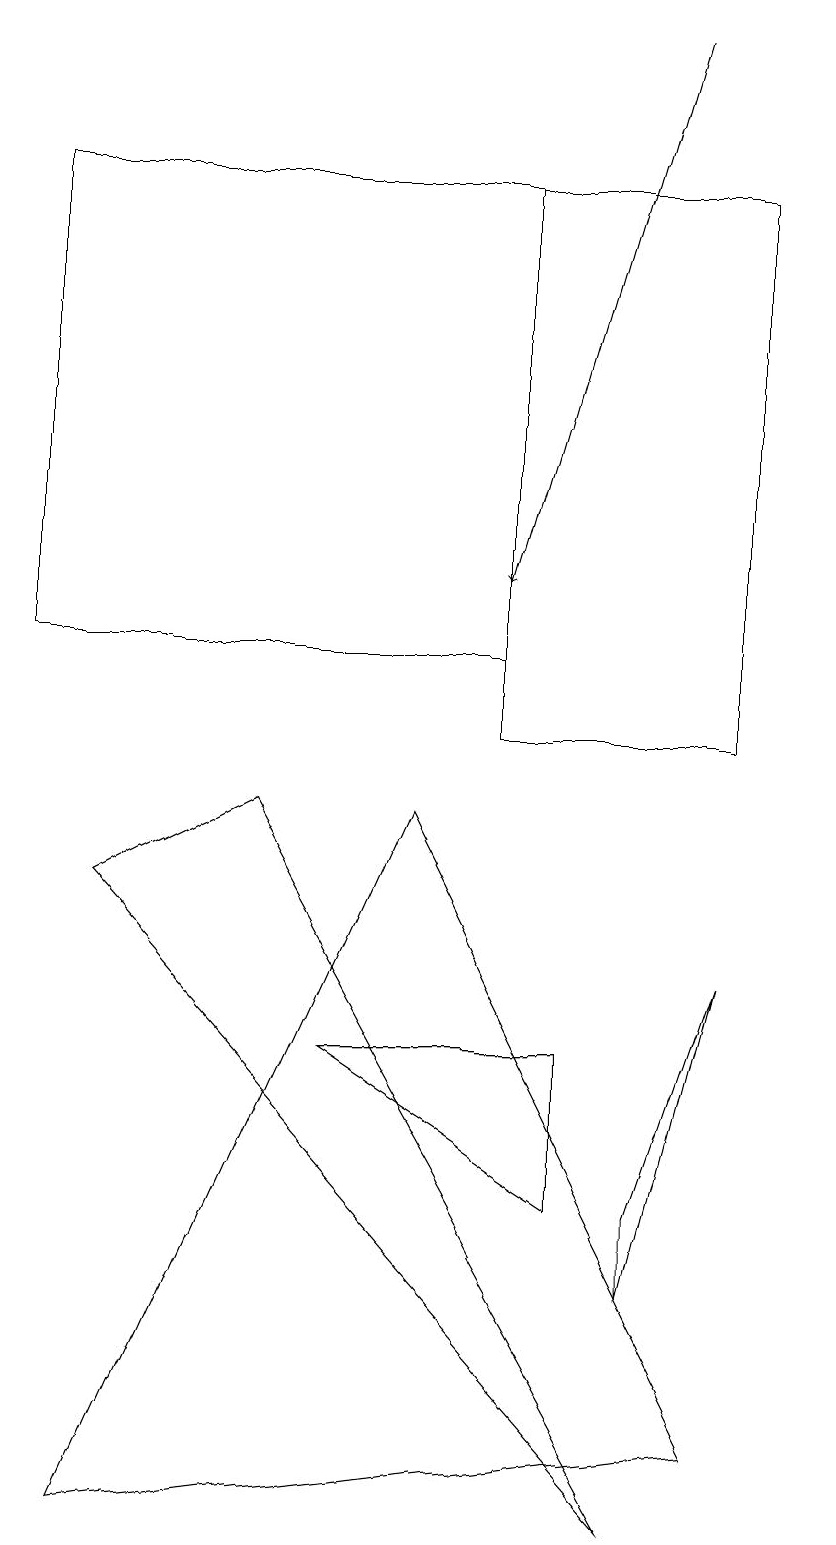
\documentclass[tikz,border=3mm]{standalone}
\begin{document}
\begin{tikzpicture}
\draw[->] (8,19) -- (6,12);
\draw (0,17) rectangle (6,11);
\draw (8,4) -- (9,7) -- (8,3) -- cycle;
\draw (10,10) circle (0);
\draw (7,6) -- (4,6) -- (7,4) -- cycle;
\draw (3,9) -- (8,0) -- (1,8) -- cycle;
\draw (1,0) -- (5,9) -- (9,1) -- cycle;
\draw (9,17) rectangle (6,10);
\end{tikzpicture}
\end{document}